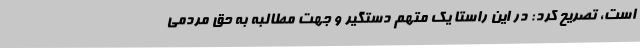
است، تصریح کرد: در این راستا یک متهم دستگیر و جهت مطالبه به حق مردمی